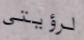
لرؤيتى